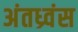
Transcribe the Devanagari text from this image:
अंतध्र्वंस